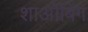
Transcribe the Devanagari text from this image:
शाओबिंग